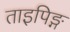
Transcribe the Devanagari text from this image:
ताइपिङ्ग